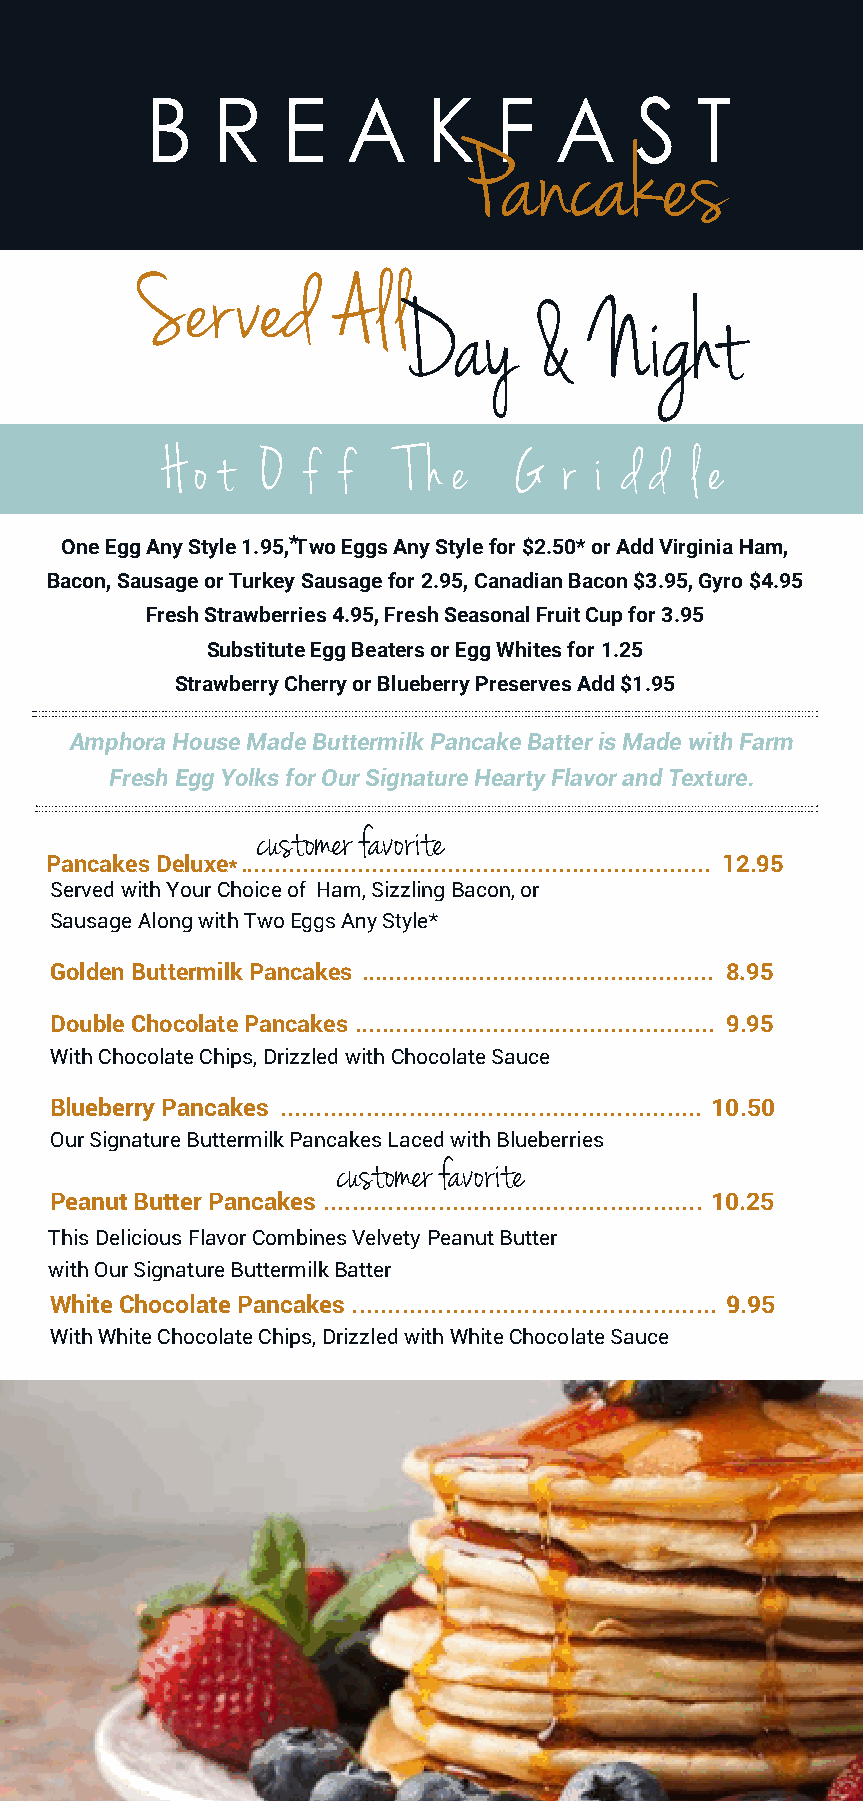
B   R    E   A    K    F   A    S   T
 Pancakes
 Served       Al  l
 Day      &   Night
 H o t O  f f    T h e  G  r i d d  l e
 One Egg Any Style 1.95,* T wo Eggs Any Style for $2.50* or Add Virginia Ham,
 Bacon, Sausage or Turkey Sausage for 2.95, Canadian Bacon $3.95, Gyro $4.95
 Fresh Strawberries 4.95, Fresh Seasonal Fruit Cup for 3.95
 Substitute Egg Beaters or Egg Whites for 1.25
 Strawberry Cherry or Blueberry Preserves Add $1.95
 Amphora House Made Buttermilk Pancake Batter is Made with Farm
 Fresh Egg Yolks for Our Signature Hearty Flavor and Texture.
 customer favorite
 Pancakes Deluxe* .................................................................... 12.95
 Served with Your Choice of Ham, Sizzling Bacon, or
 Sausage Along with Two Eggs Any Style*
 Golden Buttermilk Pancakes ................................................... 8.95
 Double Chocolate Pancakes .................................................... 9.95
 With Chocolate Chips, Drizzled with Chocolate Sauce
 Blueberry Pancakes ........................................................... 10.50
 Our Signature Buttermilk Pancakes Laced with Blueberries
 customer favorite
 Peanut Butter Pancakes ..................................................... 10.25
 This Delicious Flavor Combines Velvety Peanut Butter
 with Our Signature Buttermilk Batter
 White Chocolate Pancakes ................................................... 9.95
 With White Chocolate Chips, Drizzled with White Chocolate Sauce
 *These Items May be Cooked to Order. Consuming, Under Cooked Meat, Seafood,
 Poultry, Shellfish or Eggs, May Increase Your Risk of Food Borne Illness.
 7
 DEC 2021